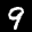
Label: 9